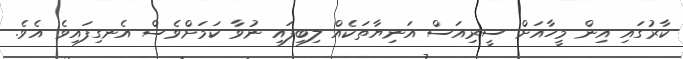
ކާރުގައި އިން މީހާއަށް ސީރިއަސް އަނިޔާތަކެއް ލިބިފައި ނުވާ ކަމަށްވެސް އެނގިފައިވެ އެވެ.